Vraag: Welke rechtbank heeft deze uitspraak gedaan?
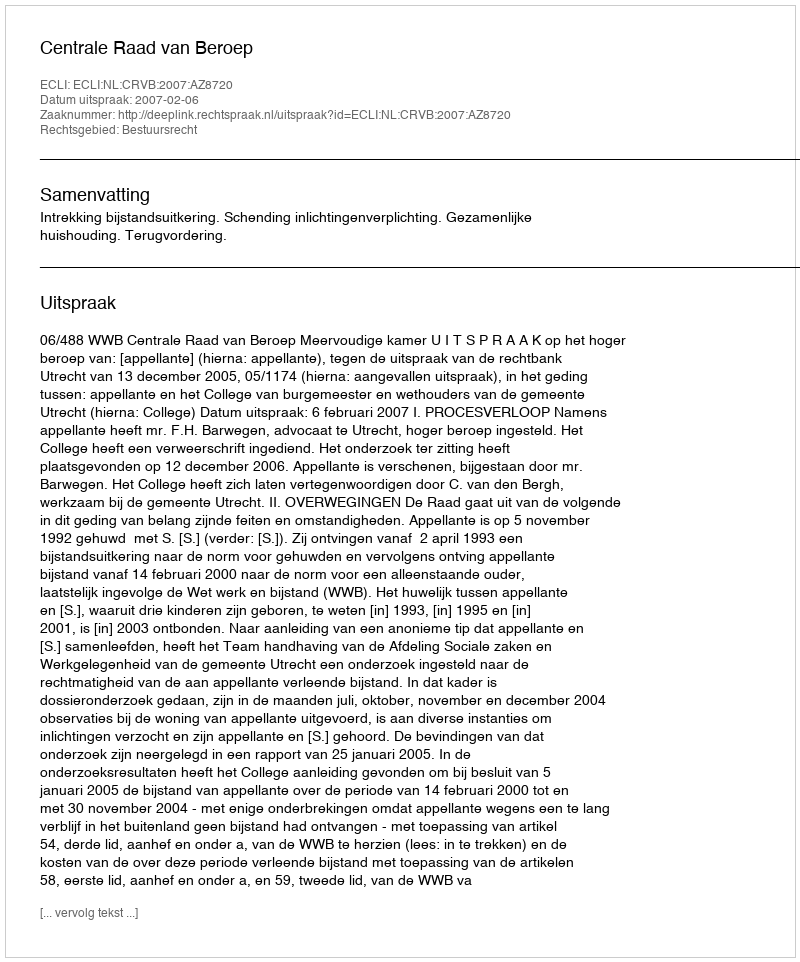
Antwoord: Centrale Raad van Beroep